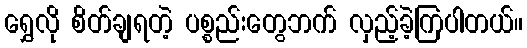
ရွှေလို စိတ်ချရတဲ့ ပစ္စည်းတွေဘက် လှည့်ခဲ့ကြပါတယ်။